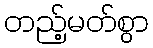
တည့်မတ်စွာ